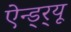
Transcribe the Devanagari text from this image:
ऐन्ड्र्यू